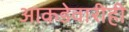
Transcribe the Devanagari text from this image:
आकडेवारीही